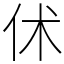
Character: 𠇲